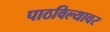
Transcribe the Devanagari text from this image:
पाठविल्यावर